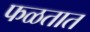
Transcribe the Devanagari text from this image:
फळतात